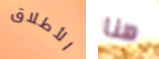
الأطلاق هنا